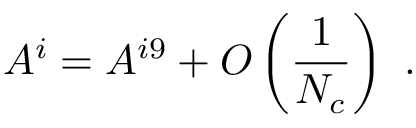
A ^ { i } = A ^ { i 9 } + { \cal O } \left( { \frac { 1 } { N _ { c } } } \right) \ .